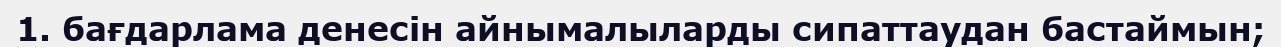
1. бағдарлама денесін айнымалыларды сипаттаудан бастаймын;